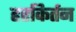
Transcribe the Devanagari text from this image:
हरकिर्तन